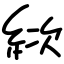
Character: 絘